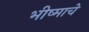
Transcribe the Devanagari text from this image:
भीष्माचे